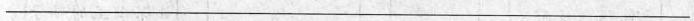
___